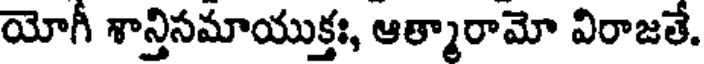
యోగీ శాన్తిసమాయుక్తః, ఆత్మారామో విరాజతే.